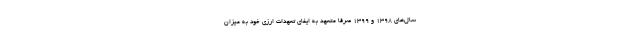
سال‌های ۱۳۹۸ و ۱۳۹۹ صرفاً متعهد به ایفای تعهدات ارزی خود به میزان